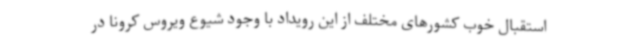
استقبال خوب کشورهای مختلف از این رویداد با وجود شیوع ویروس کرونا در